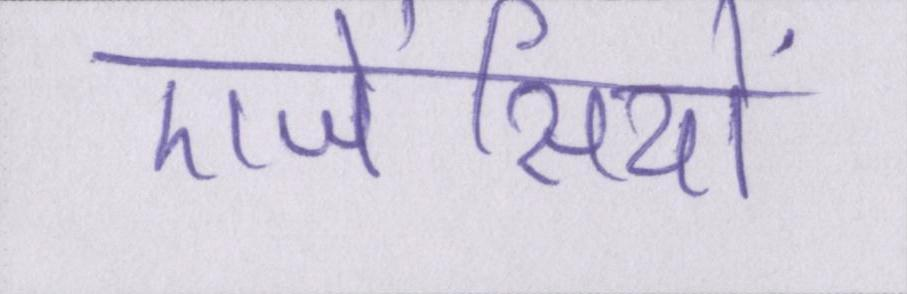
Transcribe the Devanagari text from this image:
एजेंसियों